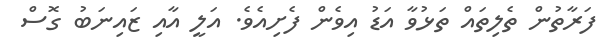
ފަރާތުން ތެލިތައް ތަޅުވާ އަޑު އިވެން ފެށިއެވެ. އަލީ އާއި ޒައިނަބު ގޮސް